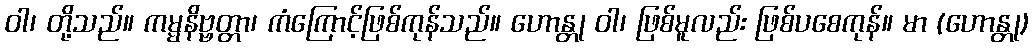
ဝါ၊ တို့သည်။ ကမ္မနိဗ္ဗတ္တာ၊ ကံကြောင့်ဖြစ်ကုန်သည်။ ဟောန္တု ဝါ၊ ဖြစ်မူလည်း ဖြစ်ပစေကုန်။ မာ (ဟောန္တု)